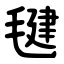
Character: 毽